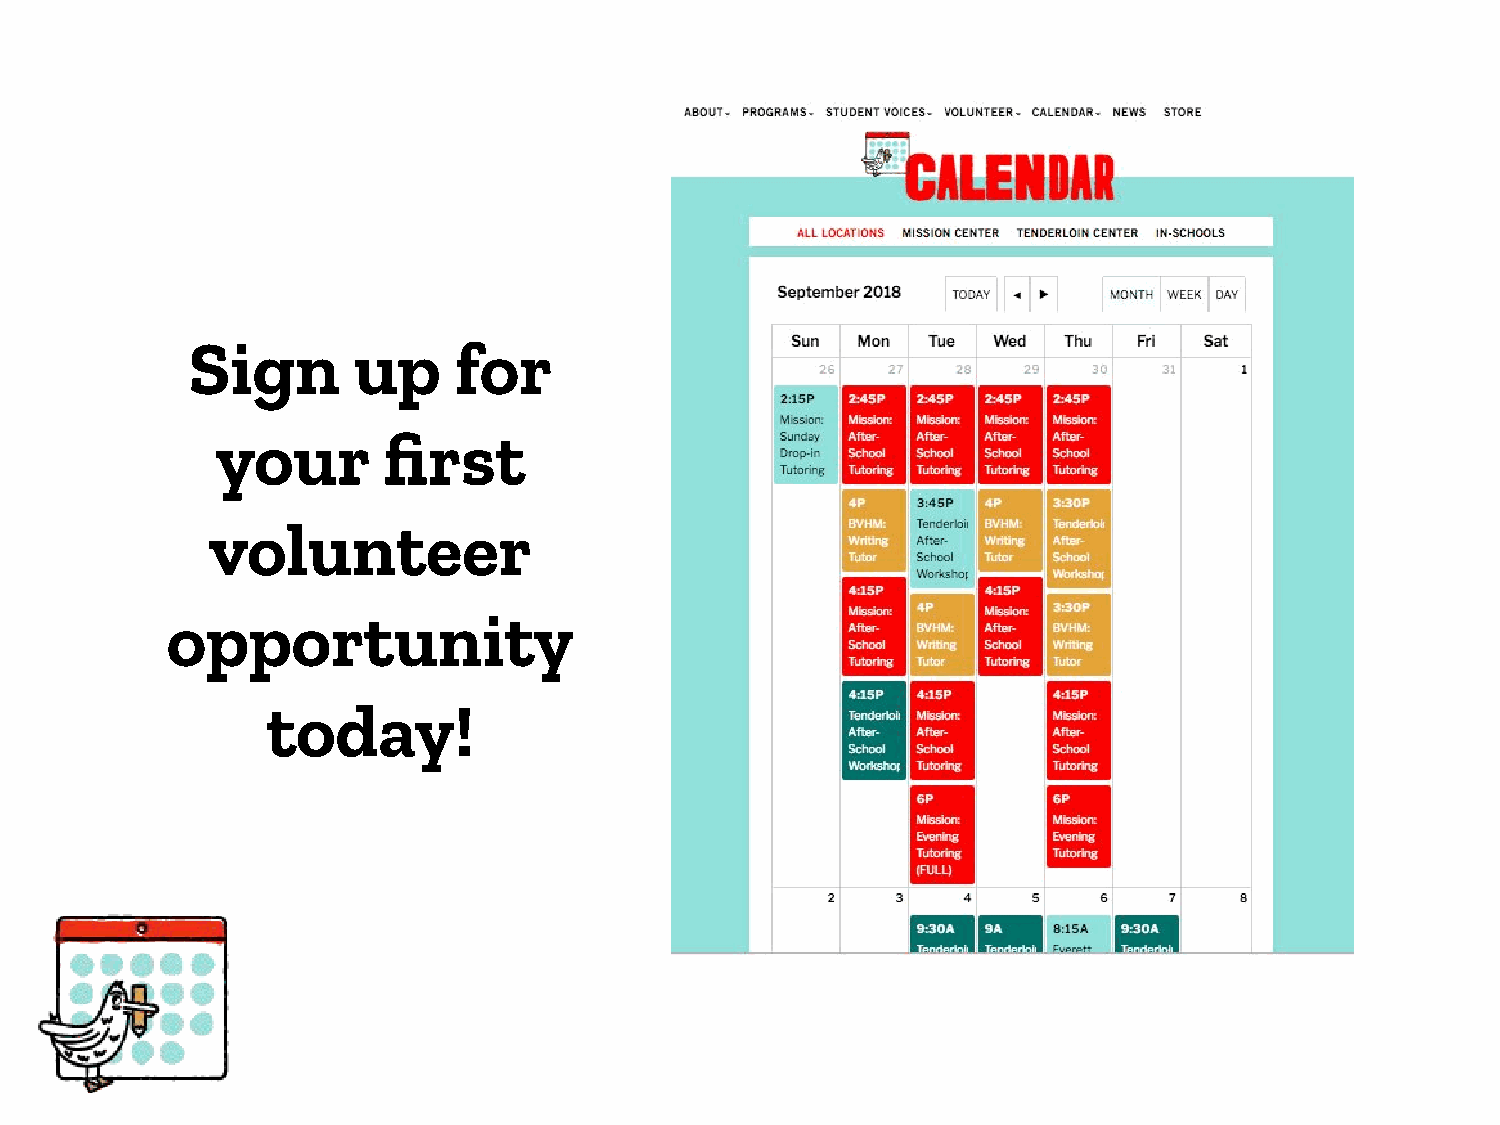
Sign       up     for
 your       first
 volunteer
 opportunity
 today!